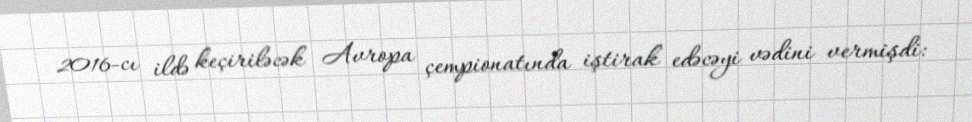
2016-cı ildə keçiriləcək Avropa çempionatında iştirak edəcəyi vədini vermişdi: